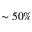
\sim 5 0 \%